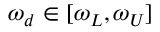
\omega _ { d } \in [ \omega _ { L } , \omega _ { U } ]